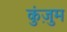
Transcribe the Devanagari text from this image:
कुंज़ुम